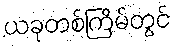
ယခုတစ်ကြိမ်တွင်